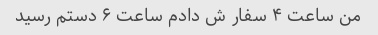
من ساعت ۴ سفار ش دادم ساعت ۶ دستم رسید